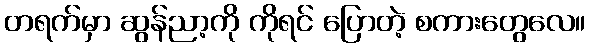
တရက်မှာ ဆွန်ညာ့ကို ကိုရင် ပြောတဲ့ စကားတွေလေ။